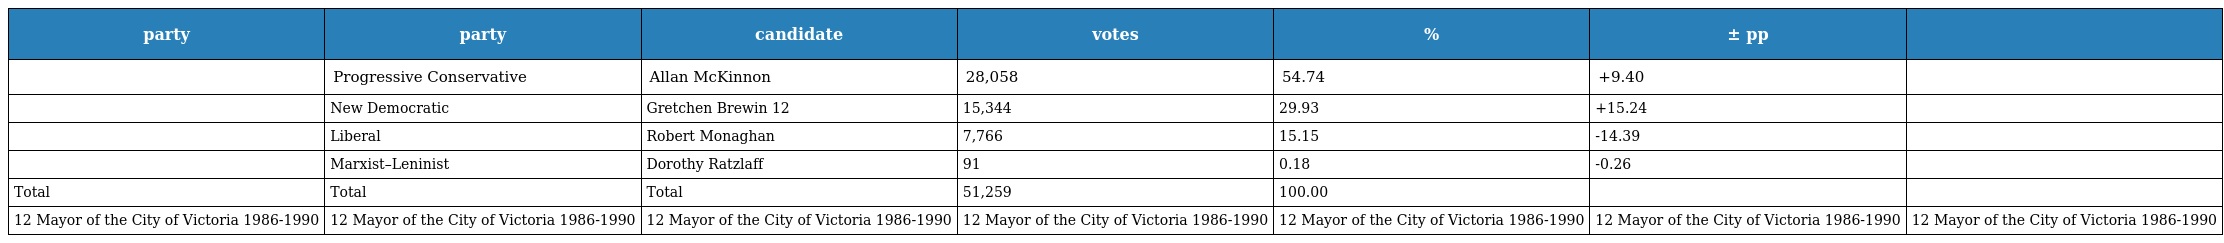
| party | party | candidate | votes | % | ± pp |  |
 | --- | --- | --- | --- | --- | --- | --- |
 |  | Progressive Conservative | Allan McKinnon | 28,058 | 54.74 | +9.40 |  |
 |  | New Democratic | Gretchen Brewin 12 | 15,344 | 29.93 | +15.24 |  |
 |  | Liberal | Robert Monaghan | 7,766 | 15.15 | -14.39 |  |
 |  | Marxist–Leninist | Dorothy Ratzlaff | 91 | 0.18 | -0.26 |  |
 | Total | Total | Total | 51,259 | 100.00 |  |  |
 | 12 Mayor of the City of Victoria 1986-1990 | 12 Mayor of the City of Victoria 1986-1990 | 12 Mayor of the City of Victoria 1986-1990 | 12 Mayor of the City of Victoria 1986-1990 | 12 Mayor of the City of Victoria 1986-1990 | 12 Mayor of the City of Victoria 1986-1990 | 12 Mayor of the City of Victoria 1986-1990 |